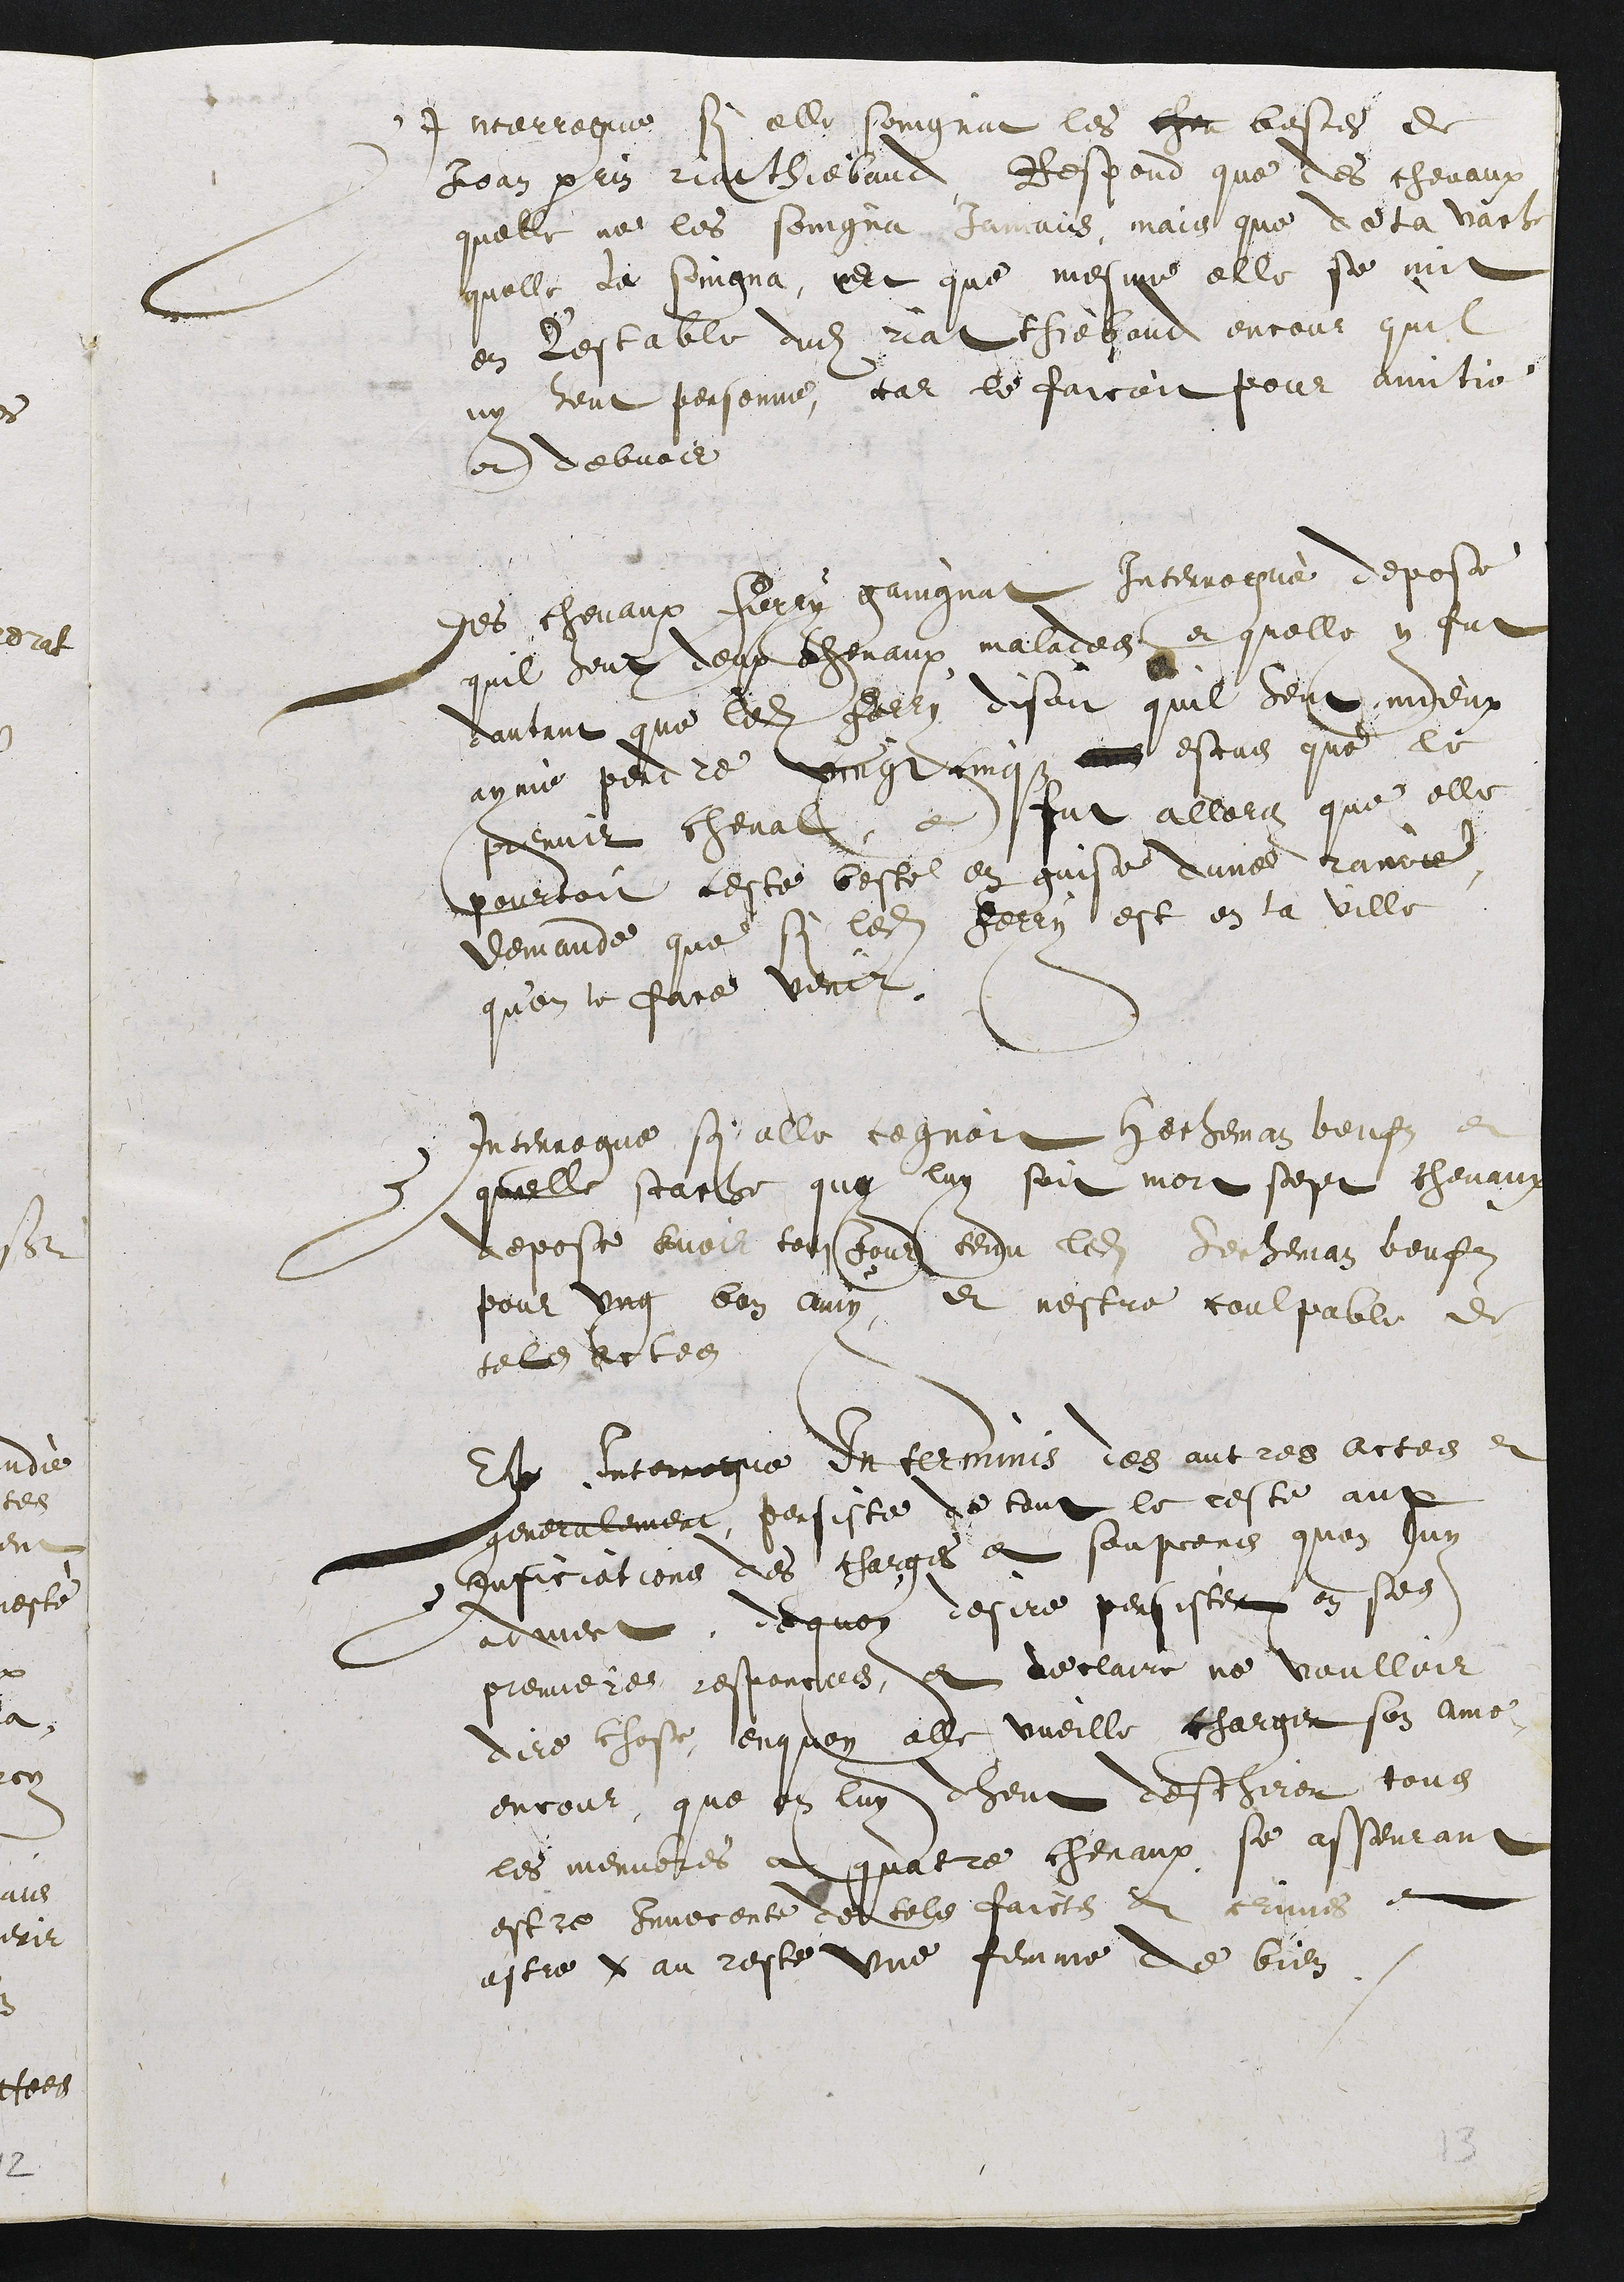
Interrogué si elle soingnat les ches bestes de
Jean perrin riathiebaud Respond que des chevaux
quelle ne les soingna, Jamais, mais que de la vache
quelle de soingna, Et que mesme elle se mit
en l'estable dudit riat Thefand encour quil
ny heut personne, car le faicoit pour avitio
on debvoir
des chevaux Ferry gaingnat Interrogué deposan
quil deux deux chevaux malades et quelle y fut
dautant que ledit Ferry disoit quil deux mieux
ayme perdre vingt cinqz ans estas que le
prenner cheval, et fut allers que elle
pourtoit ceste beste en guise d'une ravoie
demande que si lesdit Ferry est en la ville
qu'on le face venir.
Interrogue si elle cognoit hecheman beufz et
quelle scache quo luy sait mort sept chevaux
depose avoir tousjour tendu ledit Jecheman beufz
pour ung bon amy, et nestre coulpable de
cele actee
Elte Interrogué de teemmis des autres actes e
generalement, persiste de tout le ceste anx
conficiations des charges et soupcons quon luy
adviert, dequoy desire persister en ses
premiere responctes, et declairé ne voulloir
dire chose, enquoy alle vueille charger son amoi
encour que on luy dheut deschirer tous
les menibres a quatre chevaux se asseurant
estre Invecente des tels faicts et crimes et
astre y au reste une femme de bien